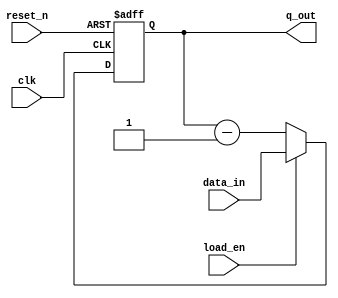
module Down_counter(clk,reset_n,load_en,data_in,q_out);
input [2:0] data_in;
input clk,reset_n,load_en;
output reg [2:0] q_out;
always @(posedge clk or negedge reset_n) begin
	if(~reset_n) q_out<=3'b000;
	else if(load_en) q_out<=data_in;
	else q_out=q_out-1;

end
endmodule